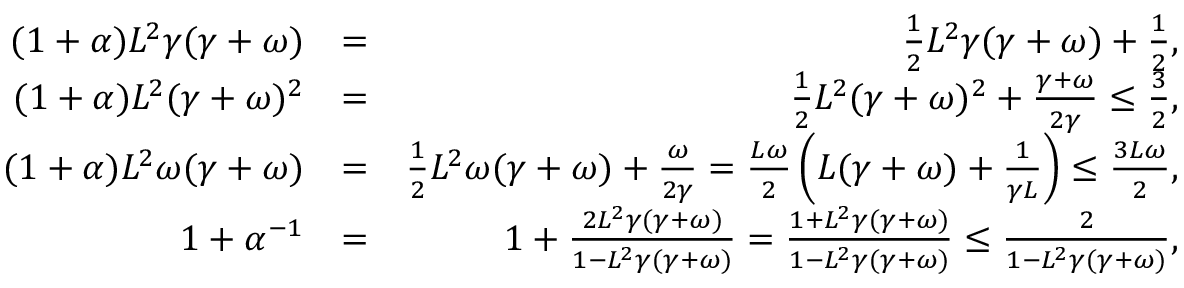
\begin{array} { r l r } { ( 1 + \alpha ) L ^ { 2 } \gamma ( \gamma + \omega ) } & { = } & { \frac { 1 } { 2 } L ^ { 2 } \gamma ( \gamma + \omega ) + \frac { 1 } { 2 } , } \\ { ( 1 + \alpha ) L ^ { 2 } ( \gamma + \omega ) ^ { 2 } } & { = } & { \frac { 1 } { 2 } L ^ { 2 } ( \gamma + \omega ) ^ { 2 } + \frac { \gamma + \omega } { 2 \gamma } \leq \frac { 3 } { 2 } , } \\ { ( 1 + \alpha ) L ^ { 2 } \omega ( \gamma + \omega ) } & { = } & { \frac { 1 } { 2 } L ^ { 2 } \omega ( \gamma + \omega ) + \frac { \omega } { 2 \gamma } = \frac { L \omega } { 2 } \left( L ( \gamma + \omega ) + \frac { 1 } { \gamma L } \right) \leq \frac { 3 L \omega } { 2 } , } \\ { 1 + \alpha ^ { - 1 } } & { = } & { 1 + \frac { 2 L ^ { 2 } \gamma ( \gamma + \omega ) } { 1 - L ^ { 2 } \gamma ( \gamma + \omega ) } = \frac { 1 + L ^ { 2 } \gamma ( \gamma + \omega ) } { 1 - L ^ { 2 } \gamma ( \gamma + \omega ) } \leq \frac { 2 } { 1 - L ^ { 2 } \gamma ( \gamma + \omega ) } , } \end{array}